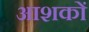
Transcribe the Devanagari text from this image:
आशकों